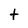
Character: t